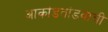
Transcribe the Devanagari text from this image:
आकांडतांडवाची